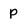
Character: p